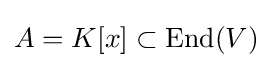
A=K[x]\subset \operatorname {End} (V)